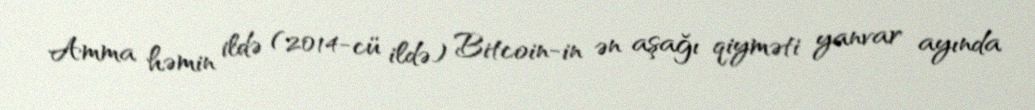
Amma həmin ildə (2014-cü ildə) Bitcoin-in ən aşağı qiyməti yanvar ayında